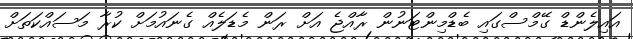
އައިލެންޑް ގޭމްސްގައި ބެޑްމިންޓަނުން ރާއްޖެ އަށް ރަން މެޑަލެއް ގެނައުމަށް ކުރާ މަސައްކަތަށް